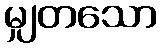
မျှတသော